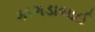
કાગડાભાઈ